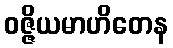
ဝဇ္ဇိယမာဟိတေန